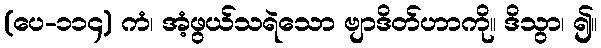
(ပေ-၁၁၄) ကံ၊ အံ့ဖွယ်သရဲသော ဗျာဒိတ်ဟာကို။ ဒိသွာ၊ ၍။